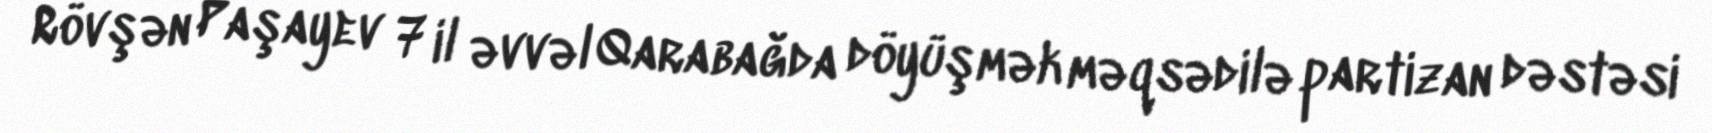
Rövşən Paşayev 7 il əvvəl Qarabağda döyüşmək məqsədilə partizan dəstəsi